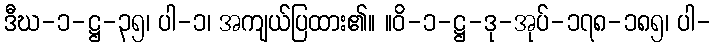
ဒီဃ-၁-ဋ္ဌ-၃၅၊ ပါ-၁၊ အကျယ်ပြထား၏။ ။ဝိ-၁-ဋ္ဌ-ဒု-အုပ်-၁၇၈-၁၈၅၊ ပါ-